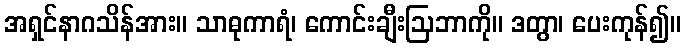
အရှင်နာဂသိန်အား။ သာဓုကာရံ၊ ကောင်းချီးဩဘာကို။ ဒတွာ၊ ပေးကုန်၍။